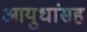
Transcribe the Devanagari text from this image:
आयुधांसह